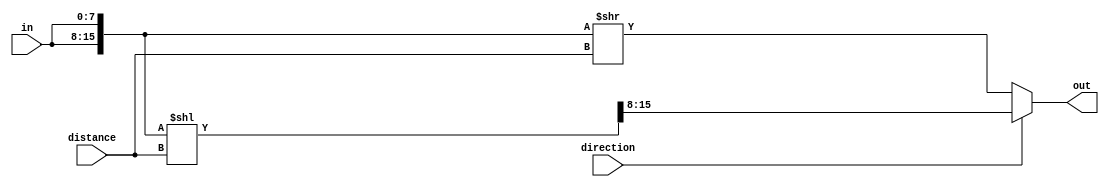
module rotator #(parameter WIDTH=8, parameter DISTANCE=8) //distance parameterized is optional, will be fixed at 8
(
    input  wire [WIDTH-1:0] in,
    input  wire  direction,
    input  wire [DISTANCE-1:0] distance,
    output wire [WIDTH-1:0] out
);

	// Declarations
    wire[WIDTH*2-1:0] double_in, double_rot_left, double_rot_right; 
    wire[WIDTH-1:0] rot_left, rot_right;
	
	// Rotating logic
	   // double_in - replication operator
	assign double_in = {2{in}};

	   // right rotation - >> shift
      assign double_rot_right = double_in >> distance; 
      assign rot_right = double_rot_right[WIDTH-1:0];
               
	   // left rotation  - << shift
	   assign double_rot_left = double_in << distance;
	   assign rot_left = double_rot_left[WIDTH*2 - 1: WIDTH];
	   
	// Output mux logic - ternary operator
	   // tells us what direction to use
	assign out = direction ? rot_left : rot_right;
	
endmodule